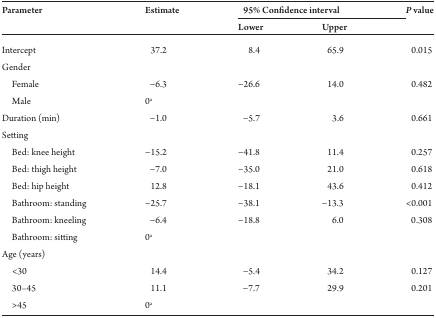
<table><thead><tr><td rowspan="2"><b>Parameter</b></td><td rowspan="2"><b>Estimate</b></td><td colspan="2"><b>95% Confidence interval</b></td><td rowspan="2"><b><i>P</i> value</b></td></tr><tr><td><b>Lower</b></td><td><b>Upper</b></td></tr></thead><tbody><tr><td>Intercept</td><td>37.2</td><td>8.4</td><td>65.9</td><td>0.015</td></tr><tr><td colspan="5">Gender</td></tr><tr><td> Female</td><td>−6.3</td><td>−26.6</td><td>14.0</td><td>0.482</td></tr><tr><td> Male</td><td>0<sup>a</sup></td><td></td><td></td><td></td></tr><tr><td>Duration (min)</td><td>−1.0</td><td>−5.7</td><td>3.6</td><td>0.661</td></tr><tr><td colspan="5">Setting</td></tr><tr><td> Bed: knee height</td><td>−15.2</td><td>−41.8</td><td>11.4</td><td>0.257</td></tr><tr><td> Bed: thigh height</td><td>−7.0</td><td>−35.0</td><td>21.0</td><td>0.618</td></tr><tr><td> Bed: hip height</td><td>12.8</td><td>−18.1</td><td>43.6</td><td>0.412</td></tr><tr><td> Bathroom: standing</td><td>−25.7</td><td>−38.1</td><td>−13.3</td><td>&lt;0.001</td></tr><tr><td> Bathroom: kneeling</td><td>−6.4</td><td>−18.8</td><td>6.0</td><td>0.308</td></tr><tr><td> Bathroom: sitting</td><td>0<sup>a</sup></td><td></td><td></td><td></td></tr><tr><td colspan="5">Age (years)</td></tr><tr><td> &lt;30</td><td>14.4</td><td>−5.4</td><td>34.2</td><td>0.127</td></tr><tr><td> 30–45</td><td>11.1</td><td>−7.7</td><td>29.9</td><td>0.201</td></tr><tr><td> &gt;45</td><td>0<sup>a</sup></td><td></td><td></td><td></td></tr></tbody></table>